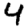
Digit: 4